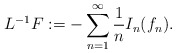
\begin{align*}L^{-1}F:=- \sum_{n=1}^\infty \frac{1}{n} I_n(f_n).\end{align*}